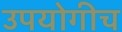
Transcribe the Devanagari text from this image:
उपयोगीच